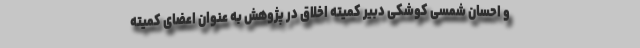
و احسان شمسی کوشکی دبیر کمیته اخلاق در پژوهش به عنوان اعضای کمیته